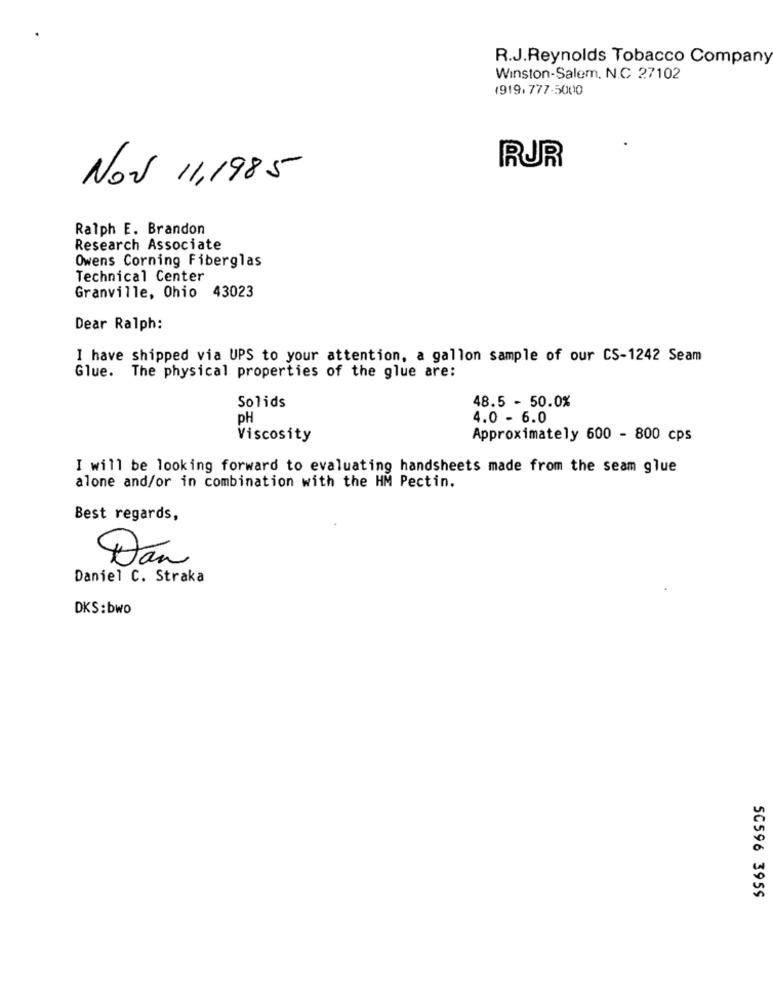
R.J.Reynolds Tobacco Company
Winston-Salem, N.C 27102
1919,777-5000
RUR
Nov 11,1985
Ralph E. Brandon
Research Associate
Owens Corning Fiberglas
Technical Center
Granville, Ohio 43023
Dear Ralph:
I have shipped via UPS to your attention, a gallon sample of our CS-1242 Seam
Glue. The physical properties of the glue are:
48.5 - 50.0%
Solids
PH
4.0 - 6.0
Viscosity
Approximately 600 - 800 cps
I will be looking forward to evaluating handsheets made from the seam glue
alone and/or in combination with the HM Pectin.
Best regards,
Dan
Daniel C. Straka
DKS: bwo
50596 3955